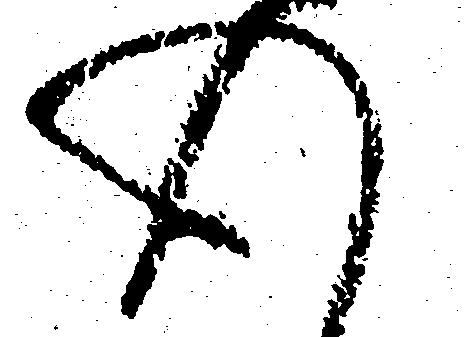
心